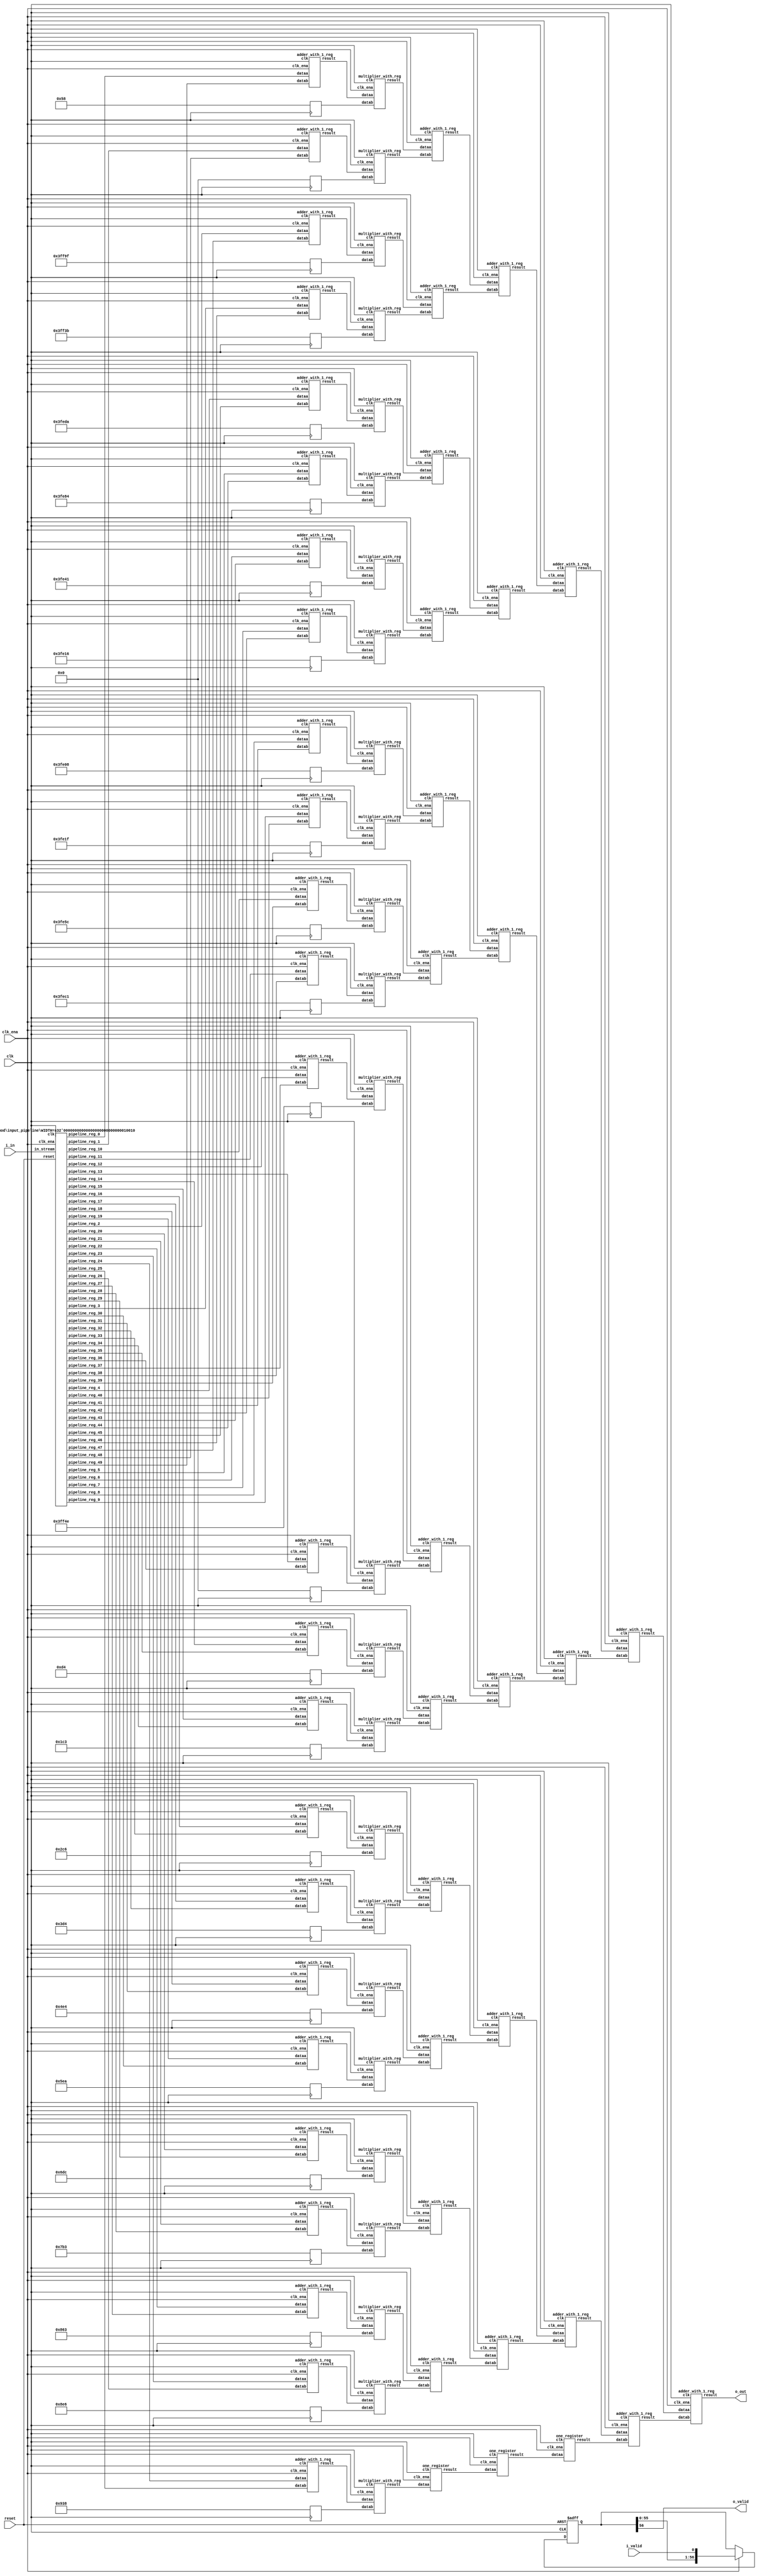
// CONFIG:
// NUM_COEFF = 50
// PIPLINED = 1

// WARNING: more than enough COEFFICIENTS in array (there are 26, and we only need 25)
module fir (
	clk,
	reset,
	clk_ena,
	i_valid,
	i_in,
	o_valid,
	o_out
);
	// Data Width
	parameter dw = 18; //Data input/output bits

	// Number of filter coefficients
	parameter N = 50;
	parameter N_UNIQ = 25; // ciel(N/2) assuming symmetric filter coefficients

	//Number of extra valid cycles needed to align output (i.e. computation pipeline depth + input/output registers
	localparam N_VALID_REGS = 57;

	input clk;
	input reset;
	input clk_ena;
	input i_valid;
	input [dw-1:0] i_in; // signed
	output o_valid;
	output [dw-1:0] o_out; // signed

	// Data Width dervied parameters
	localparam dw_add_int = 18; //Internal adder precision bits
	localparam dw_mult_int = 36; //Internal multiplier precision bits
	localparam scale_factor = 17; //Multiplier normalization shift amount

	// Number of extra registers in INPUT_PIPELINE_REG to prevent contention for CHAIN_END's chain adders
	localparam N_INPUT_REGS = 50;

	// Debug
	// initial begin
	// 	$display ("Data Width: %d", dw);
	// 	$display ("Data Width Add Internal: %d", dw_add_int);
	// 	$display ("Data Width Mult Internal: %d", dw_mult_int);
	// 	$display ("Scale Factor: %d", scale_factor);
	// end

	reg [dw-1:0] COEFFICIENT_0;
	reg [dw-1:0] COEFFICIENT_1;
	reg [dw-1:0] COEFFICIENT_2;
	reg [dw-1:0] COEFFICIENT_3;
	reg [dw-1:0] COEFFICIENT_4;
	reg [dw-1:0] COEFFICIENT_5;
	reg [dw-1:0] COEFFICIENT_6;
	reg [dw-1:0] COEFFICIENT_7;
	reg [dw-1:0] COEFFICIENT_8;
	reg [dw-1:0] COEFFICIENT_9;
	reg [dw-1:0] COEFFICIENT_10;
	reg [dw-1:0] COEFFICIENT_11;
	reg [dw-1:0] COEFFICIENT_12;
	reg [dw-1:0] COEFFICIENT_13;
	reg [dw-1:0] COEFFICIENT_14;
	reg [dw-1:0] COEFFICIENT_15;
	reg [dw-1:0] COEFFICIENT_16;
	reg [dw-1:0] COEFFICIENT_17;
	reg [dw-1:0] COEFFICIENT_18;
	reg [dw-1:0] COEFFICIENT_19;
	reg [dw-1:0] COEFFICIENT_20;
	reg [dw-1:0] COEFFICIENT_21;
	reg [dw-1:0] COEFFICIENT_22;
	reg [dw-1:0] COEFFICIENT_23;
	reg [dw-1:0] COEFFICIENT_24;

	always@(posedge clk) begin
		COEFFICIENT_0 <= 18'd88;
		COEFFICIENT_1 <= 18'd0;
		COEFFICIENT_2 <= -18'd97;
		COEFFICIENT_3 <= -18'd197;
		COEFFICIENT_4 <= -18'd294;
		COEFFICIENT_5 <= -18'd380;
		COEFFICIENT_6 <= -18'd447;
		COEFFICIENT_7 <= -18'd490;
		COEFFICIENT_8 <= -18'd504;
		COEFFICIENT_9 <= -18'd481;
		COEFFICIENT_10 <= -18'd420;
		COEFFICIENT_11 <= -18'd319;
		COEFFICIENT_12 <= -18'd178;
		COEFFICIENT_13 <= 18'd0;
		COEFFICIENT_14 <= 18'd212;
		COEFFICIENT_15 <= 18'd451;
		COEFFICIENT_16 <= 18'd710;
		COEFFICIENT_17 <= 18'd980;
		COEFFICIENT_18 <= 18'd1252;
		COEFFICIENT_19 <= 18'd1514;
		COEFFICIENT_20 <= 18'd1756;
		COEFFICIENT_21 <= 18'd1971;
		COEFFICIENT_22 <= 18'd2147;
		COEFFICIENT_23 <= 18'd2278;
		COEFFICIENT_24 <= 18'd2360;
	end

	////******************************************************
	// *
	// * Valid Delay Pipeline
	// *
	// *****************************************************
	//Input valid signal is pipelined to become output valid signal

	//Valid registers
	reg [N_VALID_REGS-1:0] VALID_PIPELINE_REGS;

	always@(posedge clk or posedge reset) begin
		if(reset) begin
			VALID_PIPELINE_REGS <= 0;
		end else begin
			if(clk_ena) begin
				VALID_PIPELINE_REGS <= {VALID_PIPELINE_REGS[N_VALID_REGS-2:0], i_valid};
			end else begin
				VALID_PIPELINE_REGS <= VALID_PIPELINE_REGS;
			end
		end
	end

	////******************************************************
	// *
	// * Input Register Pipeline
	// *
	// *****************************************************
	//Pipelined input values

	//Input value registers

	wire [dw-1:0] INPUT_PIPELINE_REG_0;
	wire [dw-1:0] INPUT_PIPELINE_REG_1;
	wire [dw-1:0] INPUT_PIPELINE_REG_2;
	wire [dw-1:0] INPUT_PIPELINE_REG_3;
	wire [dw-1:0] INPUT_PIPELINE_REG_4;
	wire [dw-1:0] INPUT_PIPELINE_REG_5;
	wire [dw-1:0] INPUT_PIPELINE_REG_6;
	wire [dw-1:0] INPUT_PIPELINE_REG_7;
	wire [dw-1:0] INPUT_PIPELINE_REG_8;
	wire [dw-1:0] INPUT_PIPELINE_REG_9;
	wire [dw-1:0] INPUT_PIPELINE_REG_10;
	wire [dw-1:0] INPUT_PIPELINE_REG_11;
	wire [dw-1:0] INPUT_PIPELINE_REG_12;
	wire [dw-1:0] INPUT_PIPELINE_REG_13;
	wire [dw-1:0] INPUT_PIPELINE_REG_14;
	wire [dw-1:0] INPUT_PIPELINE_REG_15;
	wire [dw-1:0] INPUT_PIPELINE_REG_16;
	wire [dw-1:0] INPUT_PIPELINE_REG_17;
	wire [dw-1:0] INPUT_PIPELINE_REG_18;
	wire [dw-1:0] INPUT_PIPELINE_REG_19;
	wire [dw-1:0] INPUT_PIPELINE_REG_20;
	wire [dw-1:0] INPUT_PIPELINE_REG_21;
	wire [dw-1:0] INPUT_PIPELINE_REG_22;
	wire [dw-1:0] INPUT_PIPELINE_REG_23;
	wire [dw-1:0] INPUT_PIPELINE_REG_24;
	wire [dw-1:0] INPUT_PIPELINE_REG_25;
	wire [dw-1:0] INPUT_PIPELINE_REG_26;
	wire [dw-1:0] INPUT_PIPELINE_REG_27;
	wire [dw-1:0] INPUT_PIPELINE_REG_28;
	wire [dw-1:0] INPUT_PIPELINE_REG_29;
	wire [dw-1:0] INPUT_PIPELINE_REG_30;
	wire [dw-1:0] INPUT_PIPELINE_REG_31;
	wire [dw-1:0] INPUT_PIPELINE_REG_32;
	wire [dw-1:0] INPUT_PIPELINE_REG_33;
	wire [dw-1:0] INPUT_PIPELINE_REG_34;
	wire [dw-1:0] INPUT_PIPELINE_REG_35;
	wire [dw-1:0] INPUT_PIPELINE_REG_36;
	wire [dw-1:0] INPUT_PIPELINE_REG_37;
	wire [dw-1:0] INPUT_PIPELINE_REG_38;
	wire [dw-1:0] INPUT_PIPELINE_REG_39;
	wire [dw-1:0] INPUT_PIPELINE_REG_40;
	wire [dw-1:0] INPUT_PIPELINE_REG_41;
	wire [dw-1:0] INPUT_PIPELINE_REG_42;
	wire [dw-1:0] INPUT_PIPELINE_REG_43;
	wire [dw-1:0] INPUT_PIPELINE_REG_44;
	wire [dw-1:0] INPUT_PIPELINE_REG_45;
	wire [dw-1:0] INPUT_PIPELINE_REG_46;
	wire [dw-1:0] INPUT_PIPELINE_REG_47;
	wire [dw-1:0] INPUT_PIPELINE_REG_48;
	wire [dw-1:0] INPUT_PIPELINE_REG_49;

	input_pipeline in_pipe(
		.clk(clk), .clk_ena(clk_ena),
		.in_stream(i_in),
		.pipeline_reg_0(INPUT_PIPELINE_REG_0),
		.pipeline_reg_1(INPUT_PIPELINE_REG_1),
		.pipeline_reg_2(INPUT_PIPELINE_REG_2),
		.pipeline_reg_3(INPUT_PIPELINE_REG_3),
		.pipeline_reg_4(INPUT_PIPELINE_REG_4),
		.pipeline_reg_5(INPUT_PIPELINE_REG_5),
		.pipeline_reg_6(INPUT_PIPELINE_REG_6),
		.pipeline_reg_7(INPUT_PIPELINE_REG_7),
		.pipeline_reg_8(INPUT_PIPELINE_REG_8),
		.pipeline_reg_9(INPUT_PIPELINE_REG_9),
		.pipeline_reg_10(INPUT_PIPELINE_REG_10),
		.pipeline_reg_11(INPUT_PIPELINE_REG_11),
		.pipeline_reg_12(INPUT_PIPELINE_REG_12),
		.pipeline_reg_13(INPUT_PIPELINE_REG_13),
		.pipeline_reg_14(INPUT_PIPELINE_REG_14),
		.pipeline_reg_15(INPUT_PIPELINE_REG_15),
		.pipeline_reg_16(INPUT_PIPELINE_REG_16),
		.pipeline_reg_17(INPUT_PIPELINE_REG_17),
		.pipeline_reg_18(INPUT_PIPELINE_REG_18),
		.pipeline_reg_19(INPUT_PIPELINE_REG_19),
		.pipeline_reg_20(INPUT_PIPELINE_REG_20),
		.pipeline_reg_21(INPUT_PIPELINE_REG_21),
		.pipeline_reg_22(INPUT_PIPELINE_REG_22),
		.pipeline_reg_23(INPUT_PIPELINE_REG_23),
		.pipeline_reg_24(INPUT_PIPELINE_REG_24),
		.pipeline_reg_25(INPUT_PIPELINE_REG_25),
		.pipeline_reg_26(INPUT_PIPELINE_REG_26),
		.pipeline_reg_27(INPUT_PIPELINE_REG_27),
		.pipeline_reg_28(INPUT_PIPELINE_REG_28),
		.pipeline_reg_29(INPUT_PIPELINE_REG_29),
		.pipeline_reg_30(INPUT_PIPELINE_REG_30),
		.pipeline_reg_31(INPUT_PIPELINE_REG_31),
		.pipeline_reg_32(INPUT_PIPELINE_REG_32),
		.pipeline_reg_33(INPUT_PIPELINE_REG_33),
		.pipeline_reg_34(INPUT_PIPELINE_REG_34),
		.pipeline_reg_35(INPUT_PIPELINE_REG_35),
		.pipeline_reg_36(INPUT_PIPELINE_REG_36),
		.pipeline_reg_37(INPUT_PIPELINE_REG_37),
		.pipeline_reg_38(INPUT_PIPELINE_REG_38),
		.pipeline_reg_39(INPUT_PIPELINE_REG_39),
		.pipeline_reg_40(INPUT_PIPELINE_REG_40),
		.pipeline_reg_41(INPUT_PIPELINE_REG_41),
		.pipeline_reg_42(INPUT_PIPELINE_REG_42),
		.pipeline_reg_43(INPUT_PIPELINE_REG_43),
		.pipeline_reg_44(INPUT_PIPELINE_REG_44),
		.pipeline_reg_45(INPUT_PIPELINE_REG_45),
		.pipeline_reg_46(INPUT_PIPELINE_REG_46),
		.pipeline_reg_47(INPUT_PIPELINE_REG_47),
		.pipeline_reg_48(INPUT_PIPELINE_REG_48),
		.pipeline_reg_49(INPUT_PIPELINE_REG_49),
		.reset(reset)	);
	defparam in_pipe.WIDTH = 18; // = dw
	////******************************************************
	// *
	// * Computation Pipeline
	// *
	// *****************************************************

	// ************************* LEVEL 0 *************************   
	wire [dw-1:0] L0_output_wires_0;
	wire [dw-1:0] L0_output_wires_1;
	wire [dw-1:0] L0_output_wires_2;
	wire [dw-1:0] L0_output_wires_3;
	wire [dw-1:0] L0_output_wires_4;
	wire [dw-1:0] L0_output_wires_5;
	wire [dw-1:0] L0_output_wires_6;
	wire [dw-1:0] L0_output_wires_7;
	wire [dw-1:0] L0_output_wires_8;
	wire [dw-1:0] L0_output_wires_9;
	wire [dw-1:0] L0_output_wires_10;
	wire [dw-1:0] L0_output_wires_11;
	wire [dw-1:0] L0_output_wires_12;
	wire [dw-1:0] L0_output_wires_13;
	wire [dw-1:0] L0_output_wires_14;
	wire [dw-1:0] L0_output_wires_15;
	wire [dw-1:0] L0_output_wires_16;
	wire [dw-1:0] L0_output_wires_17;
	wire [dw-1:0] L0_output_wires_18;
	wire [dw-1:0] L0_output_wires_19;
	wire [dw-1:0] L0_output_wires_20;
	wire [dw-1:0] L0_output_wires_21;
	wire [dw-1:0] L0_output_wires_22;
	wire [dw-1:0] L0_output_wires_23;
	wire [dw-1:0] L0_output_wires_24;

	adder_with_1_reg L0_adder_0and49(
		.clk(clk), .clk_ena(clk_ena),
		.dataa (INPUT_PIPELINE_REG_0),
		.datab (INPUT_PIPELINE_REG_49),
		.result(L0_output_wires_0)
	);

	adder_with_1_reg L0_adder_1and48(
		.clk(clk), .clk_ena(clk_ena),
		.dataa (INPUT_PIPELINE_REG_1),
		.datab (INPUT_PIPELINE_REG_48),
		.result(L0_output_wires_1)
	);

	adder_with_1_reg L0_adder_2and47(
		.clk(clk), .clk_ena(clk_ena),
		.dataa (INPUT_PIPELINE_REG_2),
		.datab (INPUT_PIPELINE_REG_47),
		.result(L0_output_wires_2)
	);

	adder_with_1_reg L0_adder_3and46(
		.clk(clk), .clk_ena(clk_ena),
		.dataa (INPUT_PIPELINE_REG_3),
		.datab (INPUT_PIPELINE_REG_46),
		.result(L0_output_wires_3)
	);

	adder_with_1_reg L0_adder_4and45(
		.clk(clk), .clk_ena(clk_ena),
		.dataa (INPUT_PIPELINE_REG_4),
		.datab (INPUT_PIPELINE_REG_45),
		.result(L0_output_wires_4)
	);

	adder_with_1_reg L0_adder_5and44(
		.clk(clk), .clk_ena(clk_ena),
		.dataa (INPUT_PIPELINE_REG_5),
		.datab (INPUT_PIPELINE_REG_44),
		.result(L0_output_wires_5)
	);

	adder_with_1_reg L0_adder_6and43(
		.clk(clk), .clk_ena(clk_ena),
		.dataa (INPUT_PIPELINE_REG_6),
		.datab (INPUT_PIPELINE_REG_43),
		.result(L0_output_wires_6)
	);

	adder_with_1_reg L0_adder_7and42(
		.clk(clk), .clk_ena(clk_ena),
		.dataa (INPUT_PIPELINE_REG_7),
		.datab (INPUT_PIPELINE_REG_42),
		.result(L0_output_wires_7)
	);

	adder_with_1_reg L0_adder_8and41(
		.clk(clk), .clk_ena(clk_ena),
		.dataa (INPUT_PIPELINE_REG_8),
		.datab (INPUT_PIPELINE_REG_41),
		.result(L0_output_wires_8)
	);

	adder_with_1_reg L0_adder_9and40(
		.clk(clk), .clk_ena(clk_ena),
		.dataa (INPUT_PIPELINE_REG_9),
		.datab (INPUT_PIPELINE_REG_40),
		.result(L0_output_wires_9)
	);

	adder_with_1_reg L0_adder_10and39(
		.clk(clk), .clk_ena(clk_ena),
		.dataa (INPUT_PIPELINE_REG_10),
		.datab (INPUT_PIPELINE_REG_39),
		.result(L0_output_wires_10)
	);

	adder_with_1_reg L0_adder_11and38(
		.clk(clk), .clk_ena(clk_ena),
		.dataa (INPUT_PIPELINE_REG_11),
		.datab (INPUT_PIPELINE_REG_38),
		.result(L0_output_wires_11)
	);

	adder_with_1_reg L0_adder_12and37(
		.clk(clk), .clk_ena(clk_ena),
		.dataa (INPUT_PIPELINE_REG_12),
		.datab (INPUT_PIPELINE_REG_37),
		.result(L0_output_wires_12)
	);

	adder_with_1_reg L0_adder_13and36(
		.clk(clk), .clk_ena(clk_ena),
		.dataa (INPUT_PIPELINE_REG_13),
		.datab (INPUT_PIPELINE_REG_36),
		.result(L0_output_wires_13)
	);

	adder_with_1_reg L0_adder_14and35(
		.clk(clk), .clk_ena(clk_ena),
		.dataa (INPUT_PIPELINE_REG_14),
		.datab (INPUT_PIPELINE_REG_35),
		.result(L0_output_wires_14)
	);

	adder_with_1_reg L0_adder_15and34(
		.clk(clk), .clk_ena(clk_ena),
		.dataa (INPUT_PIPELINE_REG_15),
		.datab (INPUT_PIPELINE_REG_34),
		.result(L0_output_wires_15)
	);

	adder_with_1_reg L0_adder_16and33(
		.clk(clk), .clk_ena(clk_ena),
		.dataa (INPUT_PIPELINE_REG_16),
		.datab (INPUT_PIPELINE_REG_33),
		.result(L0_output_wires_16)
	);

	adder_with_1_reg L0_adder_17and32(
		.clk(clk), .clk_ena(clk_ena),
		.dataa (INPUT_PIPELINE_REG_17),
		.datab (INPUT_PIPELINE_REG_32),
		.result(L0_output_wires_17)
	);

	adder_with_1_reg L0_adder_18and31(
		.clk(clk), .clk_ena(clk_ena),
		.dataa (INPUT_PIPELINE_REG_18),
		.datab (INPUT_PIPELINE_REG_31),
		.result(L0_output_wires_18)
	);

	adder_with_1_reg L0_adder_19and30(
		.clk(clk), .clk_ena(clk_ena),
		.dataa (INPUT_PIPELINE_REG_19),
		.datab (INPUT_PIPELINE_REG_30),
		.result(L0_output_wires_19)
	);

	adder_with_1_reg L0_adder_20and29(
		.clk(clk), .clk_ena(clk_ena),
		.dataa (INPUT_PIPELINE_REG_20),
		.datab (INPUT_PIPELINE_REG_29),
		.result(L0_output_wires_20)
	);

	adder_with_1_reg L0_adder_21and28(
		.clk(clk), .clk_ena(clk_ena),
		.dataa (INPUT_PIPELINE_REG_21),
		.datab (INPUT_PIPELINE_REG_28),
		.result(L0_output_wires_21)
	);

	adder_with_1_reg L0_adder_22and27(
		.clk(clk), .clk_ena(clk_ena),
		.dataa (INPUT_PIPELINE_REG_22),
		.datab (INPUT_PIPELINE_REG_27),
		.result(L0_output_wires_22)
	);

	adder_with_1_reg L0_adder_23and26(
		.clk(clk), .clk_ena(clk_ena),
		.dataa (INPUT_PIPELINE_REG_23),
		.datab (INPUT_PIPELINE_REG_26),
		.result(L0_output_wires_23)
	);

	adder_with_1_reg L0_adder_24and25(
		.clk(clk), .clk_ena(clk_ena),
		.dataa (INPUT_PIPELINE_REG_24),
		.datab (INPUT_PIPELINE_REG_25),
		.result(L0_output_wires_24)
	);

	// (25 main tree Adders)

	// ************************* LEVEL 1 *************************   
	// **************** Multipliers ****************   
	wire [dw-1:0] L1_mult_wires_0;
	wire [dw-1:0] L1_mult_wires_1;
	wire [dw-1:0] L1_mult_wires_2;
	wire [dw-1:0] L1_mult_wires_3;
	wire [dw-1:0] L1_mult_wires_4;
	wire [dw-1:0] L1_mult_wires_5;
	wire [dw-1:0] L1_mult_wires_6;
	wire [dw-1:0] L1_mult_wires_7;
	wire [dw-1:0] L1_mult_wires_8;
	wire [dw-1:0] L1_mult_wires_9;
	wire [dw-1:0] L1_mult_wires_10;
	wire [dw-1:0] L1_mult_wires_11;
	wire [dw-1:0] L1_mult_wires_12;
	wire [dw-1:0] L1_mult_wires_13;
	wire [dw-1:0] L1_mult_wires_14;
	wire [dw-1:0] L1_mult_wires_15;
	wire [dw-1:0] L1_mult_wires_16;
	wire [dw-1:0] L1_mult_wires_17;
	wire [dw-1:0] L1_mult_wires_18;
	wire [dw-1:0] L1_mult_wires_19;
	wire [dw-1:0] L1_mult_wires_20;
	wire [dw-1:0] L1_mult_wires_21;
	wire [dw-1:0] L1_mult_wires_22;
	wire [dw-1:0] L1_mult_wires_23;
	wire [dw-1:0] L1_mult_wires_24;

	multiplier_with_reg L1_mul_0(
		.clk(clk), .clk_ena(clk_ena),
		.dataa (L0_output_wires_0),
		.datab (COEFFICIENT_0),
		.result(L1_mult_wires_0)
	);

	multiplier_with_reg L1_mul_1(
		.clk(clk), .clk_ena(clk_ena),
		.dataa (L0_output_wires_1),
		.datab (COEFFICIENT_1),
		.result(L1_mult_wires_1)
	);

	multiplier_with_reg L1_mul_2(
		.clk(clk), .clk_ena(clk_ena),
		.dataa (L0_output_wires_2),
		.datab (COEFFICIENT_2),
		.result(L1_mult_wires_2)
	);

	multiplier_with_reg L1_mul_3(
		.clk(clk), .clk_ena(clk_ena),
		.dataa (L0_output_wires_3),
		.datab (COEFFICIENT_3),
		.result(L1_mult_wires_3)
	);

	multiplier_with_reg L1_mul_4(
		.clk(clk), .clk_ena(clk_ena),
		.dataa (L0_output_wires_4),
		.datab (COEFFICIENT_4),
		.result(L1_mult_wires_4)
	);

	multiplier_with_reg L1_mul_5(
		.clk(clk), .clk_ena(clk_ena),
		.dataa (L0_output_wires_5),
		.datab (COEFFICIENT_5),
		.result(L1_mult_wires_5)
	);

	multiplier_with_reg L1_mul_6(
		.clk(clk), .clk_ena(clk_ena),
		.dataa (L0_output_wires_6),
		.datab (COEFFICIENT_6),
		.result(L1_mult_wires_6)
	);

	multiplier_with_reg L1_mul_7(
		.clk(clk), .clk_ena(clk_ena),
		.dataa (L0_output_wires_7),
		.datab (COEFFICIENT_7),
		.result(L1_mult_wires_7)
	);

	multiplier_with_reg L1_mul_8(
		.clk(clk), .clk_ena(clk_ena),
		.dataa (L0_output_wires_8),
		.datab (COEFFICIENT_8),
		.result(L1_mult_wires_8)
	);

	multiplier_with_reg L1_mul_9(
		.clk(clk), .clk_ena(clk_ena),
		.dataa (L0_output_wires_9),
		.datab (COEFFICIENT_9),
		.result(L1_mult_wires_9)
	);

	multiplier_with_reg L1_mul_10(
		.clk(clk), .clk_ena(clk_ena),
		.dataa (L0_output_wires_10),
		.datab (COEFFICIENT_10),
		.result(L1_mult_wires_10)
	);

	multiplier_with_reg L1_mul_11(
		.clk(clk), .clk_ena(clk_ena),
		.dataa (L0_output_wires_11),
		.datab (COEFFICIENT_11),
		.result(L1_mult_wires_11)
	);

	multiplier_with_reg L1_mul_12(
		.clk(clk), .clk_ena(clk_ena),
		.dataa (L0_output_wires_12),
		.datab (COEFFICIENT_12),
		.result(L1_mult_wires_12)
	);

	multiplier_with_reg L1_mul_13(
		.clk(clk), .clk_ena(clk_ena),
		.dataa (L0_output_wires_13),
		.datab (COEFFICIENT_13),
		.result(L1_mult_wires_13)
	);

	multiplier_with_reg L1_mul_14(
		.clk(clk), .clk_ena(clk_ena),
		.dataa (L0_output_wires_14),
		.datab (COEFFICIENT_14),
		.result(L1_mult_wires_14)
	);

	multiplier_with_reg L1_mul_15(
		.clk(clk), .clk_ena(clk_ena),
		.dataa (L0_output_wires_15),
		.datab (COEFFICIENT_15),
		.result(L1_mult_wires_15)
	);

	multiplier_with_reg L1_mul_16(
		.clk(clk), .clk_ena(clk_ena),
		.dataa (L0_output_wires_16),
		.datab (COEFFICIENT_16),
		.result(L1_mult_wires_16)
	);

	multiplier_with_reg L1_mul_17(
		.clk(clk), .clk_ena(clk_ena),
		.dataa (L0_output_wires_17),
		.datab (COEFFICIENT_17),
		.result(L1_mult_wires_17)
	);

	multiplier_with_reg L1_mul_18(
		.clk(clk), .clk_ena(clk_ena),
		.dataa (L0_output_wires_18),
		.datab (COEFFICIENT_18),
		.result(L1_mult_wires_18)
	);

	multiplier_with_reg L1_mul_19(
		.clk(clk), .clk_ena(clk_ena),
		.dataa (L0_output_wires_19),
		.datab (COEFFICIENT_19),
		.result(L1_mult_wires_19)
	);

	multiplier_with_reg L1_mul_20(
		.clk(clk), .clk_ena(clk_ena),
		.dataa (L0_output_wires_20),
		.datab (COEFFICIENT_20),
		.result(L1_mult_wires_20)
	);

	multiplier_with_reg L1_mul_21(
		.clk(clk), .clk_ena(clk_ena),
		.dataa (L0_output_wires_21),
		.datab (COEFFICIENT_21),
		.result(L1_mult_wires_21)
	);

	multiplier_with_reg L1_mul_22(
		.clk(clk), .clk_ena(clk_ena),
		.dataa (L0_output_wires_22),
		.datab (COEFFICIENT_22),
		.result(L1_mult_wires_22)
	);

	multiplier_with_reg L1_mul_23(
		.clk(clk), .clk_ena(clk_ena),
		.dataa (L0_output_wires_23),
		.datab (COEFFICIENT_23),
		.result(L1_mult_wires_23)
	);

	multiplier_with_reg L1_mul_24(
		.clk(clk), .clk_ena(clk_ena),
		.dataa (L0_output_wires_24),
		.datab (COEFFICIENT_24),
		.result(L1_mult_wires_24)
	);

	// (25 Multipliers)

	// **************** Adders ****************   
	wire [dw-1:0] L1_output_wires_0;
	wire [dw-1:0] L1_output_wires_1;
	wire [dw-1:0] L1_output_wires_2;
	wire [dw-1:0] L1_output_wires_3;
	wire [dw-1:0] L1_output_wires_4;
	wire [dw-1:0] L1_output_wires_5;
	wire [dw-1:0] L1_output_wires_6;
	wire [dw-1:0] L1_output_wires_7;
	wire [dw-1:0] L1_output_wires_8;
	wire [dw-1:0] L1_output_wires_9;
	wire [dw-1:0] L1_output_wires_10;
	wire [dw-1:0] L1_output_wires_11;
	wire [dw-1:0] L1_output_wires_12;

	adder_with_1_reg L1_adder_0and1(
		.clk(clk), .clk_ena(clk_ena),
		.dataa (L1_mult_wires_0),
		.datab (L1_mult_wires_1),
		.result(L1_output_wires_0)
	);

	adder_with_1_reg L1_adder_2and3(
		.clk(clk), .clk_ena(clk_ena),
		.dataa (L1_mult_wires_2),
		.datab (L1_mult_wires_3),
		.result(L1_output_wires_1)
	);

	adder_with_1_reg L1_adder_4and5(
		.clk(clk), .clk_ena(clk_ena),
		.dataa (L1_mult_wires_4),
		.datab (L1_mult_wires_5),
		.result(L1_output_wires_2)
	);

	adder_with_1_reg L1_adder_6and7(
		.clk(clk), .clk_ena(clk_ena),
		.dataa (L1_mult_wires_6),
		.datab (L1_mult_wires_7),
		.result(L1_output_wires_3)
	);

	adder_with_1_reg L1_adder_8and9(
		.clk(clk), .clk_ena(clk_ena),
		.dataa (L1_mult_wires_8),
		.datab (L1_mult_wires_9),
		.result(L1_output_wires_4)
	);

	adder_with_1_reg L1_adder_10and11(
		.clk(clk), .clk_ena(clk_ena),
		.dataa (L1_mult_wires_10),
		.datab (L1_mult_wires_11),
		.result(L1_output_wires_5)
	);

	adder_with_1_reg L1_adder_12and13(
		.clk(clk), .clk_ena(clk_ena),
		.dataa (L1_mult_wires_12),
		.datab (L1_mult_wires_13),
		.result(L1_output_wires_6)
	);

	adder_with_1_reg L1_adder_14and15(
		.clk(clk), .clk_ena(clk_ena),
		.dataa (L1_mult_wires_14),
		.datab (L1_mult_wires_15),
		.result(L1_output_wires_7)
	);

	adder_with_1_reg L1_adder_16and17(
		.clk(clk), .clk_ena(clk_ena),
		.dataa (L1_mult_wires_16),
		.datab (L1_mult_wires_17),
		.result(L1_output_wires_8)
	);

	adder_with_1_reg L1_adder_18and19(
		.clk(clk), .clk_ena(clk_ena),
		.dataa (L1_mult_wires_18),
		.datab (L1_mult_wires_19),
		.result(L1_output_wires_9)
	);

	adder_with_1_reg L1_adder_20and21(
		.clk(clk), .clk_ena(clk_ena),
		.dataa (L1_mult_wires_20),
		.datab (L1_mult_wires_21),
		.result(L1_output_wires_10)
	);

	adder_with_1_reg L1_adder_22and23(
		.clk(clk), .clk_ena(clk_ena),
		.dataa (L1_mult_wires_22),
		.datab (L1_mult_wires_23),
		.result(L1_output_wires_11)
	);

	// (12 main tree Adders)

	// ********* Byes ********   
	one_register L1_byereg_for_24(
		.clk(clk), .clk_ena(clk_ena),
		.dataa (L1_mult_wires_24),
		.result(L1_output_wires_12)
	);

	// (1 byes)

	// ************************* LEVEL 2 *************************   
	wire [dw-1:0] L2_output_wires_0;
	wire [dw-1:0] L2_output_wires_1;
	wire [dw-1:0] L2_output_wires_2;
	wire [dw-1:0] L2_output_wires_3;
	wire [dw-1:0] L2_output_wires_4;
	wire [dw-1:0] L2_output_wires_5;
	wire [dw-1:0] L2_output_wires_6;

	adder_with_1_reg L2_adder_0and1(
		.clk(clk), .clk_ena(clk_ena),
		.dataa (L1_output_wires_0),
		.datab (L1_output_wires_1),
		.result(L2_output_wires_0)
	);

	adder_with_1_reg L2_adder_2and3(
		.clk(clk), .clk_ena(clk_ena),
		.dataa (L1_output_wires_2),
		.datab (L1_output_wires_3),
		.result(L2_output_wires_1)
	);

	adder_with_1_reg L2_adder_4and5(
		.clk(clk), .clk_ena(clk_ena),
		.dataa (L1_output_wires_4),
		.datab (L1_output_wires_5),
		.result(L2_output_wires_2)
	);

	adder_with_1_reg L2_adder_6and7(
		.clk(clk), .clk_ena(clk_ena),
		.dataa (L1_output_wires_6),
		.datab (L1_output_wires_7),
		.result(L2_output_wires_3)
	);

	adder_with_1_reg L2_adder_8and9(
		.clk(clk), .clk_ena(clk_ena),
		.dataa (L1_output_wires_8),
		.datab (L1_output_wires_9),
		.result(L2_output_wires_4)
	);

	adder_with_1_reg L2_adder_10and11(
		.clk(clk), .clk_ena(clk_ena),
		.dataa (L1_output_wires_10),
		.datab (L1_output_wires_11),
		.result(L2_output_wires_5)
	);

	// (6 main tree Adders)

	// ********* Byes ********   
	one_register L2_byereg_for_12(
		.clk(clk), .clk_ena(clk_ena),
		.dataa (L1_output_wires_12),
		.result(L2_output_wires_6)
	);

	// (1 byes)

	// ************************* LEVEL 3 *************************   
	wire [dw-1:0] L3_output_wires_0;
	wire [dw-1:0] L3_output_wires_1;
	wire [dw-1:0] L3_output_wires_2;
	wire [dw-1:0] L3_output_wires_3;

	adder_with_1_reg L3_adder_0and1(
		.clk(clk), .clk_ena(clk_ena),
		.dataa (L2_output_wires_0),
		.datab (L2_output_wires_1),
		.result(L3_output_wires_0)
	);

	adder_with_1_reg L3_adder_2and3(
		.clk(clk), .clk_ena(clk_ena),
		.dataa (L2_output_wires_2),
		.datab (L2_output_wires_3),
		.result(L3_output_wires_1)
	);

	adder_with_1_reg L3_adder_4and5(
		.clk(clk), .clk_ena(clk_ena),
		.dataa (L2_output_wires_4),
		.datab (L2_output_wires_5),
		.result(L3_output_wires_2)
	);

	// (3 main tree Adders)

	// ********* Byes ********   
	one_register L3_byereg_for_6(
		.clk(clk), .clk_ena(clk_ena),
		.dataa (L2_output_wires_6),
		.result(L3_output_wires_3)
	);

	// (1 byes)

	// ************************* LEVEL 4 *************************   
	wire [dw-1:0] L4_output_wires_0;
	wire [dw-1:0] L4_output_wires_1;

	adder_with_1_reg L4_adder_0and1(
		.clk(clk), .clk_ena(clk_ena),
		.dataa (L3_output_wires_0),
		.datab (L3_output_wires_1),
		.result(L4_output_wires_0)
	);

	adder_with_1_reg L4_adder_2and3(
		.clk(clk), .clk_ena(clk_ena),
		.dataa (L3_output_wires_2),
		.datab (L3_output_wires_3),
		.result(L4_output_wires_1)
	);

	// (2 main tree Adders)

	// ************************* LEVEL 5 *************************   
	wire [dw-1:0] L5_output_wires_0;

	adder_with_1_reg L5_adder_0and1(
		.clk(clk), .clk_ena(clk_ena),
		.dataa (L4_output_wires_0),
		.datab (L4_output_wires_1),
		.result(L5_output_wires_0)
	);

	// (1 main tree Adders)

	////******************************************************
	// *
	// * Output Logic
	// *
	// *****************************************************
	//Actual outputs
	assign o_out = L5_output_wires_0;

	assign o_valid = VALID_PIPELINE_REGS[N_VALID_REGS-1];

endmodule


module input_pipeline (
	clk,
	clk_ena,
	in_stream,
	pipeline_reg_0,
	pipeline_reg_1,
	pipeline_reg_2,
	pipeline_reg_3,
	pipeline_reg_4,
	pipeline_reg_5,
	pipeline_reg_6,
	pipeline_reg_7,
	pipeline_reg_8,
	pipeline_reg_9,
	pipeline_reg_10,
	pipeline_reg_11,
	pipeline_reg_12,
	pipeline_reg_13,
	pipeline_reg_14,
	pipeline_reg_15,
	pipeline_reg_16,
	pipeline_reg_17,
	pipeline_reg_18,
	pipeline_reg_19,
	pipeline_reg_20,
	pipeline_reg_21,
	pipeline_reg_22,
	pipeline_reg_23,
	pipeline_reg_24,
	pipeline_reg_25,
	pipeline_reg_26,
	pipeline_reg_27,
	pipeline_reg_28,
	pipeline_reg_29,
	pipeline_reg_30,
	pipeline_reg_31,
	pipeline_reg_32,
	pipeline_reg_33,
	pipeline_reg_34,
	pipeline_reg_35,
	pipeline_reg_36,
	pipeline_reg_37,
	pipeline_reg_38,
	pipeline_reg_39,
	pipeline_reg_40,
	pipeline_reg_41,
	pipeline_reg_42,
	pipeline_reg_43,
	pipeline_reg_44,
	pipeline_reg_45,
	pipeline_reg_46,
	pipeline_reg_47,
	pipeline_reg_48,
	pipeline_reg_49,
	reset);
	parameter WIDTH = 1;
	//Input value registers
	input clk;
	input clk_ena;
	input [WIDTH-1:0] in_stream;
	output [WIDTH-1:0] pipeline_reg_0;
	output [WIDTH-1:0] pipeline_reg_1;
	output [WIDTH-1:0] pipeline_reg_2;
	output [WIDTH-1:0] pipeline_reg_3;
	output [WIDTH-1:0] pipeline_reg_4;
	output [WIDTH-1:0] pipeline_reg_5;
	output [WIDTH-1:0] pipeline_reg_6;
	output [WIDTH-1:0] pipeline_reg_7;
	output [WIDTH-1:0] pipeline_reg_8;
	output [WIDTH-1:0] pipeline_reg_9;
	output [WIDTH-1:0] pipeline_reg_10;
	output [WIDTH-1:0] pipeline_reg_11;
	output [WIDTH-1:0] pipeline_reg_12;
	output [WIDTH-1:0] pipeline_reg_13;
	output [WIDTH-1:0] pipeline_reg_14;
	output [WIDTH-1:0] pipeline_reg_15;
	output [WIDTH-1:0] pipeline_reg_16;
	output [WIDTH-1:0] pipeline_reg_17;
	output [WIDTH-1:0] pipeline_reg_18;
	output [WIDTH-1:0] pipeline_reg_19;
	output [WIDTH-1:0] pipeline_reg_20;
	output [WIDTH-1:0] pipeline_reg_21;
	output [WIDTH-1:0] pipeline_reg_22;
	output [WIDTH-1:0] pipeline_reg_23;
	output [WIDTH-1:0] pipeline_reg_24;
	output [WIDTH-1:0] pipeline_reg_25;
	output [WIDTH-1:0] pipeline_reg_26;
	output [WIDTH-1:0] pipeline_reg_27;
	output [WIDTH-1:0] pipeline_reg_28;
	output [WIDTH-1:0] pipeline_reg_29;
	output [WIDTH-1:0] pipeline_reg_30;
	output [WIDTH-1:0] pipeline_reg_31;
	output [WIDTH-1:0] pipeline_reg_32;
	output [WIDTH-1:0] pipeline_reg_33;
	output [WIDTH-1:0] pipeline_reg_34;
	output [WIDTH-1:0] pipeline_reg_35;
	output [WIDTH-1:0] pipeline_reg_36;
	output [WIDTH-1:0] pipeline_reg_37;
	output [WIDTH-1:0] pipeline_reg_38;
	output [WIDTH-1:0] pipeline_reg_39;
	output [WIDTH-1:0] pipeline_reg_40;
	output [WIDTH-1:0] pipeline_reg_41;
	output [WIDTH-1:0] pipeline_reg_42;
	output [WIDTH-1:0] pipeline_reg_43;
	output [WIDTH-1:0] pipeline_reg_44;
	output [WIDTH-1:0] pipeline_reg_45;
	output [WIDTH-1:0] pipeline_reg_46;
	output [WIDTH-1:0] pipeline_reg_47;
	output [WIDTH-1:0] pipeline_reg_48;
	output [WIDTH-1:0] pipeline_reg_49;
	reg [WIDTH-1:0] pipeline_reg_0;
	reg [WIDTH-1:0] pipeline_reg_1;
	reg [WIDTH-1:0] pipeline_reg_2;
	reg [WIDTH-1:0] pipeline_reg_3;
	reg [WIDTH-1:0] pipeline_reg_4;
	reg [WIDTH-1:0] pipeline_reg_5;
	reg [WIDTH-1:0] pipeline_reg_6;
	reg [WIDTH-1:0] pipeline_reg_7;
	reg [WIDTH-1:0] pipeline_reg_8;
	reg [WIDTH-1:0] pipeline_reg_9;
	reg [WIDTH-1:0] pipeline_reg_10;
	reg [WIDTH-1:0] pipeline_reg_11;
	reg [WIDTH-1:0] pipeline_reg_12;
	reg [WIDTH-1:0] pipeline_reg_13;
	reg [WIDTH-1:0] pipeline_reg_14;
	reg [WIDTH-1:0] pipeline_reg_15;
	reg [WIDTH-1:0] pipeline_reg_16;
	reg [WIDTH-1:0] pipeline_reg_17;
	reg [WIDTH-1:0] pipeline_reg_18;
	reg [WIDTH-1:0] pipeline_reg_19;
	reg [WIDTH-1:0] pipeline_reg_20;
	reg [WIDTH-1:0] pipeline_reg_21;
	reg [WIDTH-1:0] pipeline_reg_22;
	reg [WIDTH-1:0] pipeline_reg_23;
	reg [WIDTH-1:0] pipeline_reg_24;
	reg [WIDTH-1:0] pipeline_reg_25;
	reg [WIDTH-1:0] pipeline_reg_26;
	reg [WIDTH-1:0] pipeline_reg_27;
	reg [WIDTH-1:0] pipeline_reg_28;
	reg [WIDTH-1:0] pipeline_reg_29;
	reg [WIDTH-1:0] pipeline_reg_30;
	reg [WIDTH-1:0] pipeline_reg_31;
	reg [WIDTH-1:0] pipeline_reg_32;
	reg [WIDTH-1:0] pipeline_reg_33;
	reg [WIDTH-1:0] pipeline_reg_34;
	reg [WIDTH-1:0] pipeline_reg_35;
	reg [WIDTH-1:0] pipeline_reg_36;
	reg [WIDTH-1:0] pipeline_reg_37;
	reg [WIDTH-1:0] pipeline_reg_38;
	reg [WIDTH-1:0] pipeline_reg_39;
	reg [WIDTH-1:0] pipeline_reg_40;
	reg [WIDTH-1:0] pipeline_reg_41;
	reg [WIDTH-1:0] pipeline_reg_42;
	reg [WIDTH-1:0] pipeline_reg_43;
	reg [WIDTH-1:0] pipeline_reg_44;
	reg [WIDTH-1:0] pipeline_reg_45;
	reg [WIDTH-1:0] pipeline_reg_46;
	reg [WIDTH-1:0] pipeline_reg_47;
	reg [WIDTH-1:0] pipeline_reg_48;
	reg [WIDTH-1:0] pipeline_reg_49;
	input reset;

	always@(posedge clk or posedge reset) begin
		if(reset) begin
			pipeline_reg_0 <= 0;
			pipeline_reg_1 <= 0;
			pipeline_reg_2 <= 0;
			pipeline_reg_3 <= 0;
			pipeline_reg_4 <= 0;
			pipeline_reg_5 <= 0;
			pipeline_reg_6 <= 0;
			pipeline_reg_7 <= 0;
			pipeline_reg_8 <= 0;
			pipeline_reg_9 <= 0;
			pipeline_reg_10 <= 0;
			pipeline_reg_11 <= 0;
			pipeline_reg_12 <= 0;
			pipeline_reg_13 <= 0;
			pipeline_reg_14 <= 0;
			pipeline_reg_15 <= 0;
			pipeline_reg_16 <= 0;
			pipeline_reg_17 <= 0;
			pipeline_reg_18 <= 0;
			pipeline_reg_19 <= 0;
			pipeline_reg_20 <= 0;
			pipeline_reg_21 <= 0;
			pipeline_reg_22 <= 0;
			pipeline_reg_23 <= 0;
			pipeline_reg_24 <= 0;
			pipeline_reg_25 <= 0;
			pipeline_reg_26 <= 0;
			pipeline_reg_27 <= 0;
			pipeline_reg_28 <= 0;
			pipeline_reg_29 <= 0;
			pipeline_reg_30 <= 0;
			pipeline_reg_31 <= 0;
			pipeline_reg_32 <= 0;
			pipeline_reg_33 <= 0;
			pipeline_reg_34 <= 0;
			pipeline_reg_35 <= 0;
			pipeline_reg_36 <= 0;
			pipeline_reg_37 <= 0;
			pipeline_reg_38 <= 0;
			pipeline_reg_39 <= 0;
			pipeline_reg_40 <= 0;
			pipeline_reg_41 <= 0;
			pipeline_reg_42 <= 0;
			pipeline_reg_43 <= 0;
			pipeline_reg_44 <= 0;
			pipeline_reg_45 <= 0;
			pipeline_reg_46 <= 0;
			pipeline_reg_47 <= 0;
			pipeline_reg_48 <= 0;
			pipeline_reg_49 <= 0;
		end else begin
			if(clk_ena) begin
				pipeline_reg_0 <= in_stream;
				pipeline_reg_1 <= pipeline_reg_0;
				pipeline_reg_2 <= pipeline_reg_1;
				pipeline_reg_3 <= pipeline_reg_2;
				pipeline_reg_4 <= pipeline_reg_3;
				pipeline_reg_5 <= pipeline_reg_4;
				pipeline_reg_6 <= pipeline_reg_5;
				pipeline_reg_7 <= pipeline_reg_6;
				pipeline_reg_8 <= pipeline_reg_7;
				pipeline_reg_9 <= pipeline_reg_8;
				pipeline_reg_10 <= pipeline_reg_9;
				pipeline_reg_11 <= pipeline_reg_10;
				pipeline_reg_12 <= pipeline_reg_11;
				pipeline_reg_13 <= pipeline_reg_12;
				pipeline_reg_14 <= pipeline_reg_13;
				pipeline_reg_15 <= pipeline_reg_14;
				pipeline_reg_16 <= pipeline_reg_15;
				pipeline_reg_17 <= pipeline_reg_16;
				pipeline_reg_18 <= pipeline_reg_17;
				pipeline_reg_19 <= pipeline_reg_18;
				pipeline_reg_20 <= pipeline_reg_19;
				pipeline_reg_21 <= pipeline_reg_20;
				pipeline_reg_22 <= pipeline_reg_21;
				pipeline_reg_23 <= pipeline_reg_22;
				pipeline_reg_24 <= pipeline_reg_23;
				pipeline_reg_25 <= pipeline_reg_24;
				pipeline_reg_26 <= pipeline_reg_25;
				pipeline_reg_27 <= pipeline_reg_26;
				pipeline_reg_28 <= pipeline_reg_27;
				pipeline_reg_29 <= pipeline_reg_28;
				pipeline_reg_30 <= pipeline_reg_29;
				pipeline_reg_31 <= pipeline_reg_30;
				pipeline_reg_32 <= pipeline_reg_31;
				pipeline_reg_33 <= pipeline_reg_32;
				pipeline_reg_34 <= pipeline_reg_33;
				pipeline_reg_35 <= pipeline_reg_34;
				pipeline_reg_36 <= pipeline_reg_35;
				pipeline_reg_37 <= pipeline_reg_36;
				pipeline_reg_38 <= pipeline_reg_37;
				pipeline_reg_39 <= pipeline_reg_38;
				pipeline_reg_40 <= pipeline_reg_39;
				pipeline_reg_41 <= pipeline_reg_40;
				pipeline_reg_42 <= pipeline_reg_41;
				pipeline_reg_43 <= pipeline_reg_42;
				pipeline_reg_44 <= pipeline_reg_43;
				pipeline_reg_45 <= pipeline_reg_44;
				pipeline_reg_46 <= pipeline_reg_45;
				pipeline_reg_47 <= pipeline_reg_46;
				pipeline_reg_48 <= pipeline_reg_47;
				pipeline_reg_49 <= pipeline_reg_48;
			end //else begin
				//pipeline_reg_0 <= pipeline_reg_0;
				//pipeline_reg_1 <= pipeline_reg_1;
				//pipeline_reg_2 <= pipeline_reg_2;
				//pipeline_reg_3 <= pipeline_reg_3;
				//pipeline_reg_4 <= pipeline_reg_4;
				//pipeline_reg_5 <= pipeline_reg_5;
				//pipeline_reg_6 <= pipeline_reg_6;
				//pipeline_reg_7 <= pipeline_reg_7;
				//pipeline_reg_8 <= pipeline_reg_8;
				//pipeline_reg_9 <= pipeline_reg_9;
				//pipeline_reg_10 <= pipeline_reg_10;
				//pipeline_reg_11 <= pipeline_reg_11;
				//pipeline_reg_12 <= pipeline_reg_12;
				//pipeline_reg_13 <= pipeline_reg_13;
				//pipeline_reg_14 <= pipeline_reg_14;
				//pipeline_reg_15 <= pipeline_reg_15;
				//pipeline_reg_16 <= pipeline_reg_16;
				//pipeline_reg_17 <= pipeline_reg_17;
				//pipeline_reg_18 <= pipeline_reg_18;
				//pipeline_reg_19 <= pipeline_reg_19;
				//pipeline_reg_20 <= pipeline_reg_20;
				//pipeline_reg_21 <= pipeline_reg_21;
				//pipeline_reg_22 <= pipeline_reg_22;
				//pipeline_reg_23 <= pipeline_reg_23;
				//pipeline_reg_24 <= pipeline_reg_24;
				//pipeline_reg_25 <= pipeline_reg_25;
				//pipeline_reg_26 <= pipeline_reg_26;
				//pipeline_reg_27 <= pipeline_reg_27;
				//pipeline_reg_28 <= pipeline_reg_28;
				//pipeline_reg_29 <= pipeline_reg_29;
				//pipeline_reg_30 <= pipeline_reg_30;
				//pipeline_reg_31 <= pipeline_reg_31;
				//pipeline_reg_32 <= pipeline_reg_32;
				//pipeline_reg_33 <= pipeline_reg_33;
				//pipeline_reg_34 <= pipeline_reg_34;
				//pipeline_reg_35 <= pipeline_reg_35;
				//pipeline_reg_36 <= pipeline_reg_36;
				//pipeline_reg_37 <= pipeline_reg_37;
				//pipeline_reg_38 <= pipeline_reg_38;
				//pipeline_reg_39 <= pipeline_reg_39;
				//pipeline_reg_40 <= pipeline_reg_40;
				//pipeline_reg_41 <= pipeline_reg_41;
				//pipeline_reg_42 <= pipeline_reg_42;
				//pipeline_reg_43 <= pipeline_reg_43;
				//pipeline_reg_44 <= pipeline_reg_44;
				//pipeline_reg_45 <= pipeline_reg_45;
				//pipeline_reg_46 <= pipeline_reg_46;
				//pipeline_reg_47 <= pipeline_reg_47;
				//pipeline_reg_48 <= pipeline_reg_48;
				//pipeline_reg_49 <= pipeline_reg_49;
			//end
		end
	end
endmodule


module adder_with_1_reg (
	clk,
	clk_ena,
	dataa,
	datab,
	result);

	input	  clk;
	input	  clk_ena;
	input	[17:0]  dataa;
	input	[17:0]  datab;
	output	[17:0]  result;

	reg     [17:0]  result;

	always @(posedge clk) begin
		if(clk_ena) begin
			result <= dataa + datab;
		end
	end

endmodule


module multiplier_with_reg (
	clk,
	clk_ena,
	dataa,
	datab,
	result);

	input	  clk;
	input	  clk_ena;
	input	[17:0]  dataa;
	input	[17:0]  datab;
	output	[17:0]  result;

	reg     [17:0]  result;

	always @(posedge clk) begin
		if(clk_ena) begin
			result <= dataa * datab;
		end
	end

endmodule


module one_register (
	clk,
	clk_ena,
	dataa,
	result);

	input	  clk;
	input	  clk_ena;
	input	[17:0]  dataa;
	output	[17:0]  result;

	reg     [17:0]  result;

	always @(posedge clk) begin
		if(clk_ena) begin
			result <= dataa;
		end
	end

endmodule